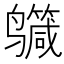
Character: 𪉕